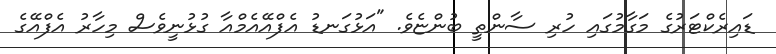
ޑައިރެކްޓަރުގެ މަގާމުގައި ހުރި ސާންތީ ބުންޏެވެ. "އަޅުގަނޑު އެފްއޭއެމްއާ ގުޅުނީވެސް މިހާރު އެފްއޭގެ